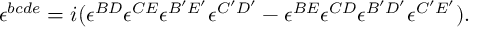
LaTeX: \epsilon ^ { b c d e } = i ( \epsilon ^ { B D } \epsilon ^ { C E } \epsilon ^ { B ^ { \prime } E ^ { \prime } } \epsilon ^ { C ^ { \prime } D ^ { \prime } } - \epsilon ^ { B E } \epsilon ^ { C D } \epsilon ^ { B ^ { \prime } D ^ { \prime } } \epsilon ^ { C ^ { \prime } E ^ { \prime } } ) .